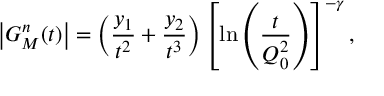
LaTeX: \left| G _ { M } ^ { n } ( t ) \right| = \left( \frac { y _ { 1 } } { t ^ { 2 } } + \frac { y _ { 2 } } { t ^ { 3 } } \right) \left[ \ln \left( \frac { t } { Q _ { 0 } ^ { 2 } } \right) \right] ^ { - \gamma } ,